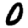
Digit: 0